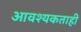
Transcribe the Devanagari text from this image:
आवश्यकताही